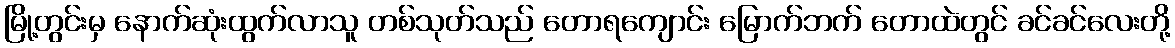
မြို့တွင်းမှ နောက်ဆုံးထွက်လာသူ တစ်သုတ်သည် တောရကျောင်း မြောက်ဘက် တောထဲတွင် ခင်ခင်လေးတို့